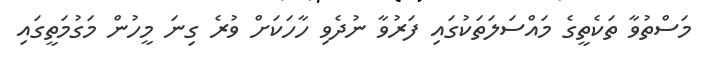
މަސްތުވާ ތަކެތީގެ މައްސަލަތަކުގައި ފަރުވާ ނުދެވި ހާހަކަށް ވުރެ ގިނަ މީހުން މަގުމަތީގައި